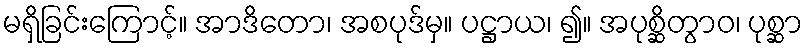
မရှိခြင်းကြောင့်။ အာဒိတော၊ အစပုဒ်မှ။ ပဋ္ဌာယ၊ ၍။ အပုစ္ဆိတွာဝ၊ ပုစ္ဆာ